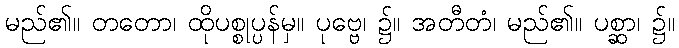
မည်၏။ တတော၊ ထိုပစ္စုပ္ပန်မှ။ ပုဗ္ဗေ၊ ၌။ အတီတံ၊ မည်၏။ ပစ္ဆာ၊ ၌။